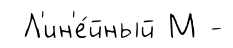
Л'ин'е́йный М -